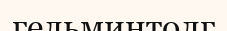
гельминтолг